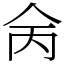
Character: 𠇮